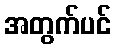
အတွက်ပင်